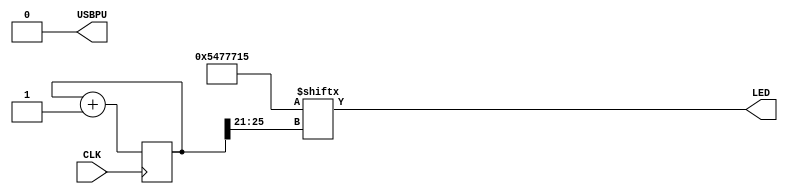
// look in pins.pcf for all the pin names on the TinyFPGA BX board
module top (
    input CLK,    // 16MHz clock
    output LED,   // User/boot LED next to power LED
    output USBPU  // USB pull-up resistor
);
    // drive USB pull-up resistor to '0' to disable USB
    assign USBPU = 0;

    ////////
    // make a simple blink circuit
    ////////

    // keep track of time and location in blink_pattern
    reg [25:0] blink_counter;

    // pattern that will be flashed over the LED over time
    wire [31:0] blink_pattern = 32'b101010001110111011100010101;

    // increment the blink_counter every clock
    always @(posedge CLK) begin
        blink_counter <= blink_counter + 1;
    end
    
    // light up the LED according to the pattern
    assign LED = blink_pattern[blink_counter[25:21]];
endmodule